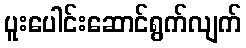
ပူးပေါင်းဆောင်ရွက်လျက်